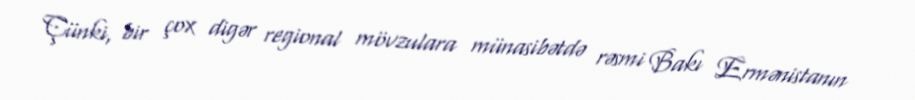
Çünki, bir çox digər regional mövzulara münasibətdə rəsmi Bakı Ermənistanın